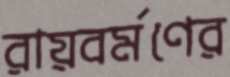
রায়বর্মণের